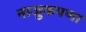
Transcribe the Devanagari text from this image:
नाजुकपणा